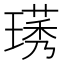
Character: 璓